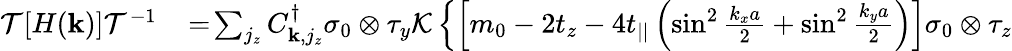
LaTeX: \begin{array}{rl}{{\cal T}[H({\mathbf k})]{\cal T}^{-1}}&{{}\! =\! \sum_{j_{z}}C_{{\mathbf k},j_{z}}^{\dagger}\sigma_{0}\otimes\tau_{y}{\cal K}\left\{ \left[m_{0}-2t_{z}-4t_{||}\left(\sin^{2}\frac{k_{x}a}{2}+\sin^{2}\frac{k_{y}a}{2}\right)\right]\sigma_{0}\otimes\tau_{z}\right.}\end{array}